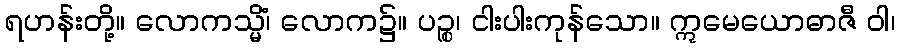
ရဟန်းတို့။ လောကသ္မိံ၊ လောက၌။ ပဉ္စ၊ ငါးပါးကုန်သော။ ဣမေယောဓာဇီ ဝါ၊